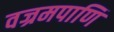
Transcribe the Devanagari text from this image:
वज्रमपाणि